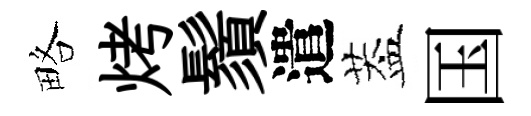
略烤鬚遣葢国